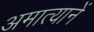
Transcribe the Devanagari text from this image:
अमात्यानें